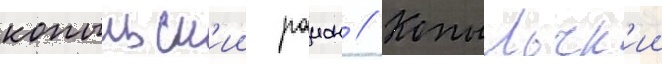
копыльск'ии раион // Копыльск'ии